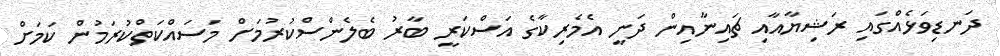
ދަނޑިވަޅެއްގައި ރަޝިޔާއާއި ޗައިނާއިން ދަނީ އެމެރިކާގެ އަސްކަރީ ބާރު ބެލެންސްކުރުމަށް މަސައްކަތްކުރަމުން ކަމަށް